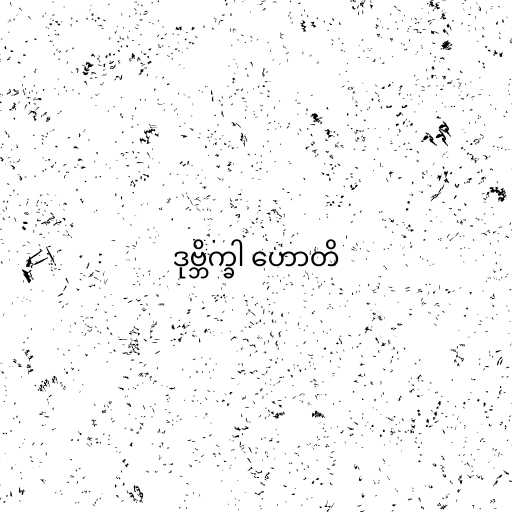
ဒုဗ္ဘိက္ခါ ဟောတိ